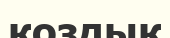
коздық